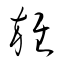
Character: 雜